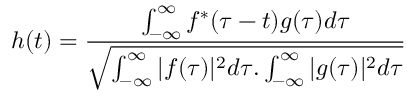
h ( t ) = \frac { \int _ { - \infty } ^ { \infty } f ^ { * } ( \tau - t ) g ( \tau ) d \tau } { \sqrt { \int _ { - \infty } ^ { \infty } | f ( \tau ) | ^ { 2 } d \tau . \int _ { - \infty } ^ { \infty } | g ( \tau ) | ^ { 2 } d \tau } }